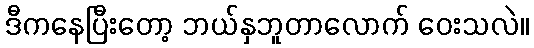
ဒီကနေပြီးတော့ ဘယ်နှဘူတာလောက် ဝေးသလဲ။